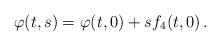
LaTeX: \begin{align*}\varphi(t,s)=\varphi(t,0)+s f_4(t,0)\,.\end{align*}